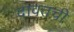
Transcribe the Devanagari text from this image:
दावतची